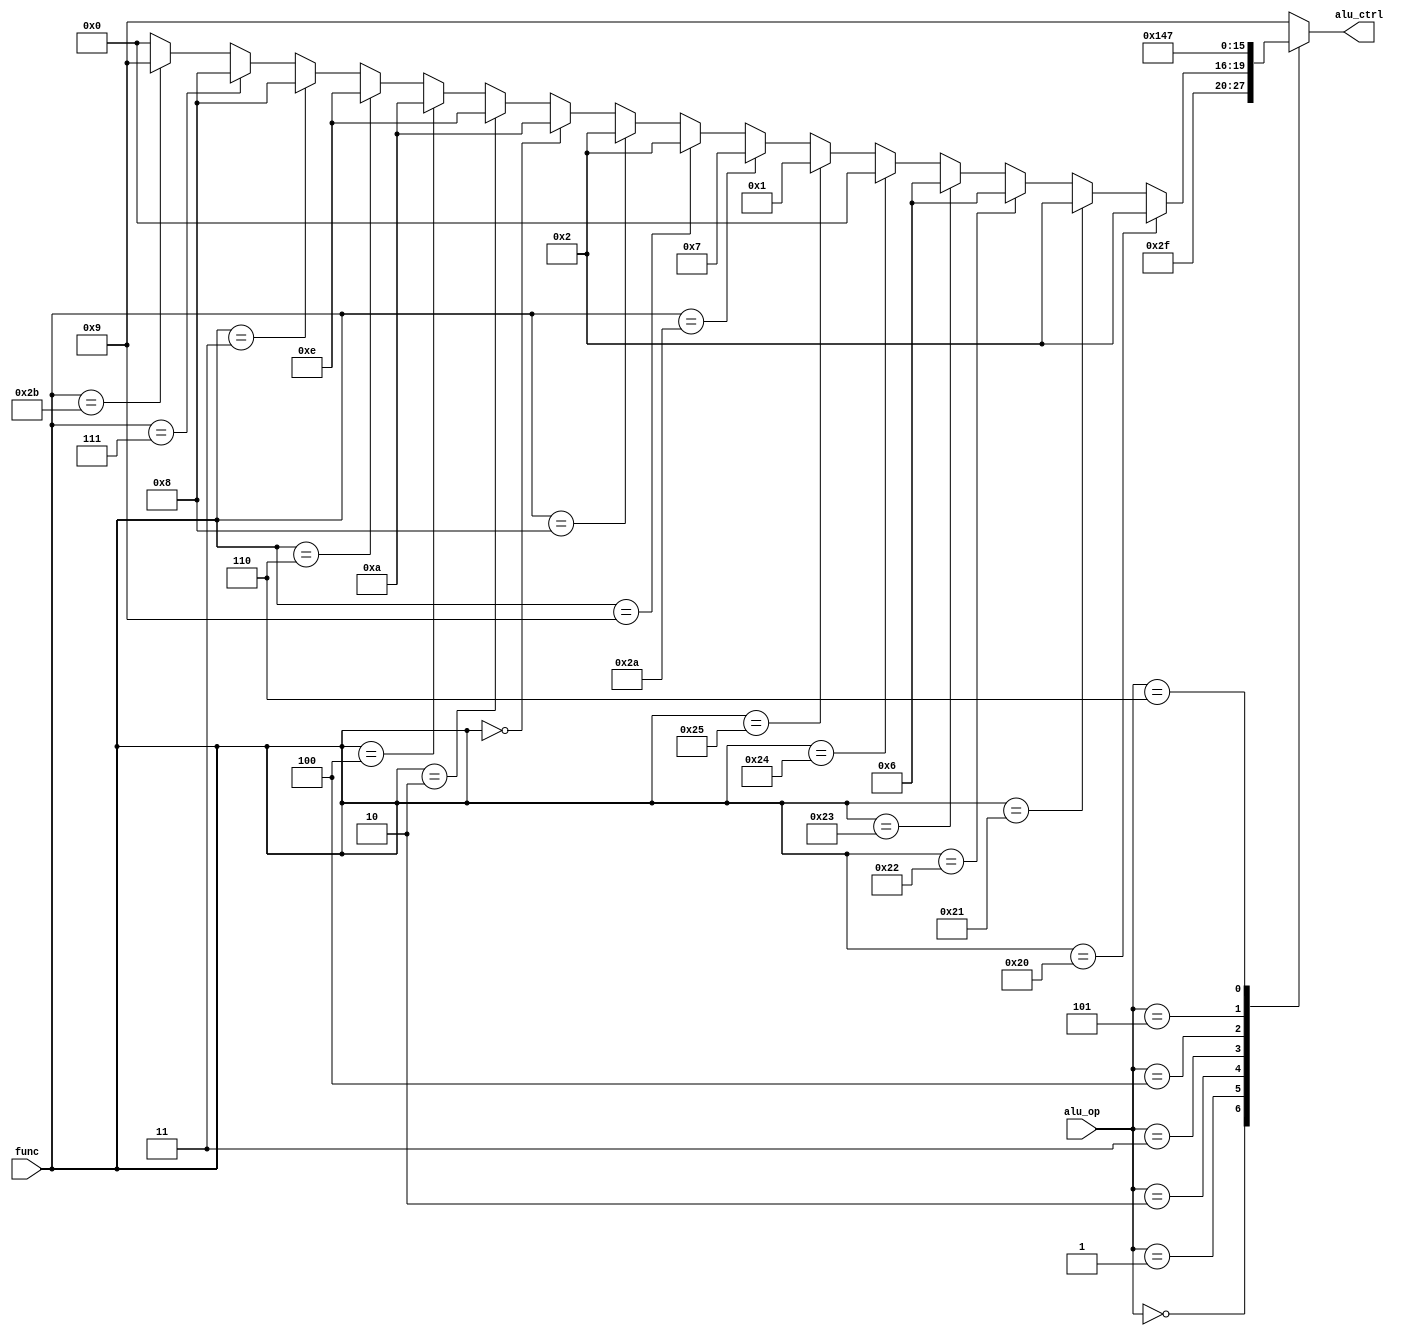
/****************/
/* alu_ctrler.v */
/****************/

//              +----+
// alu_op[2:0]->|    |
//   func[5:0]->|    |->alu_ctrl[3:0]
//              +----+

// ALU 
`define     ALU_CTRL_ADD  4'b0010
`define     ALU_CTRL_SUB  4'b0110
`define     ALU_CTRL_AND  4'b0000
`define      ALU_CTRL_OR  4'b0001
`define     ALU_CTRL_SLT  4'b0111
`define     ALU_CTRL_NOR  4'b0011
`define     ALU_CTRL_XOR  4'b0100
`define     ALU_CTRL_SLL  4'b1010
`define     ALU_CTRL_SRL  4'b1110
`define     ALU_CTRL_SRA  4'b1000
`define     ALU_CTRL_SLTU 4'b1001
`define     ALU_CTRL_LUI  4'b1111

//  9 mult, mflo  ALU  define




//           ,         ALUOp(alu_op),  (func), ALU 
//     lw(load word),           000,         xxxxxx,             0010(add)
//    sw(store word),           000,         xxxxxx,             0010(add)
////beq(branch on equal),         001,         xxxxxx,             0110(sub)
////bne(branch on not equal),     001,         xxxxxx,             0110(sub)
////       j(jump),               001,         xxxxxx,             0110(sub)
////    jal(jump and link),       001,         xxxxxx,             0110(sub)
//    addi(add immedaiate),     000,         xxxxxx,             0010(add)
//   addiu(add immedaiate),     000,         xxxxxx,             0010(add)

//  9 mult, mflo  ALU 



//        R  add,           010,          100000,             0010(add)
//        R  addu,          010,          100001,             0010(add)
//        R  sub,           010,          100010,             0110(sub)
//        R  subu,          010,          100011,             0110(sub)
//        R  and,           010,          100100,             0000(and)
//        R  or,            010,          100101,             0001(or)
//        R  slt,           010,          101010,             0111(slt)
//        R  jalr,          010,          001001,             0010(add)
//        R  jr,            010,          001000,             0010(add)
//        R  nor,           010,          100111,             0011(nor)
//        R  xor,           010,          100110,             0100(xor)
//        R  sll,           010,          000000,             1010(sll)
//        R  srl,           010,          000010,             1110(srl)
//        R  sllv,          010,          000100,             1010(sll)
//        R  srlv,          010,          000110,             1110(srl)
//        R  sra,           010,          000011,             1000(sra)
//        R  srav,          010,          000111,             1000(sra)
//        R  sltu,          010,          101011,             1001(sltu)
//   andi(and immediate),      011,           xxxxxx,             000(and)
//    ori(or immediate),       100,           xxxxxx,             001(or)
//   xori(xor immediate),      101,           xxxxxx,             100(xor)
//   slti(set on less than immediate signed),
//                             110,           xxxxxx,             0111(slt)
//   sltiu(set on less than immediate unsigned),
//                             111,           xxxxxx,             1001(sltu)
//   lui(load upper immediate),
//                             001,           xxxxxx,             1111(lui)

module alu_ctrler (alu_op, func, alu_ctrl);  // 
  input  [2:0]  alu_op;          //  3-bit      
  input  [5:0]    func;          //  6-bit      R function 

  output [3:0]  alu_ctrl;          //  4-bit      y

  reg    [3:0]       y;
   
  always @(alu_op or func) begin
    case (alu_op)
      3'b000: begin
        y = `ALU_CTRL_ADD;  // I  LW, SW 
        end
      3'b001: begin
        y = `ALU_CTRL_LUI;  // I  LUI 
      end
      3'b010: begin  // R 
        if (func == 6'b100000) begin // func=ADD
          y = `ALU_CTRL_ADD;
        end else if (func == 6'b100001) begin // func=ADDU
          y = `ALU_CTRL_ADD;
        end else if (func == 6'b100010) begin // func=SUB
          y = `ALU_CTRL_SUB;
        end else if (func == 6'b100011) begin // func=SUBU
          y = `ALU_CTRL_SUB;
        end else if (func == 6'b100100) begin // func=AND
          y = `ALU_CTRL_AND;
        end else if (func == 6'b100101) begin // func=OR
          y = `ALU_CTRL_OR;
        end else if (func == 6'b101010) begin // func=SLT
          y = `ALU_CTRL_SLT;
        end else if (func == 6'b001001) begin // func=JALR
          y = `ALU_CTRL_ADD;
        end else if (func == 6'b001000) begin // func=JR
          y = `ALU_CTRL_ADD;
        end else if (func == 6'b001000) begin // func=NOR
          y = `ALU_CTRL_NOR;
        end else if (func == 6'b001000) begin // func=XOR
          y = `ALU_CTRL_XOR;
        end else if (func == 6'b000000) begin // func=SLL
          y = `ALU_CTRL_SLL;
        end else if (func == 6'b000010) begin // func=SRL
          y = `ALU_CTRL_SRL;
        end else if (func == 6'b000100) begin // func=SLLV
          y = `ALU_CTRL_SLL;
        end else if (func == 6'b000110) begin // func=SRLV
          y = `ALU_CTRL_SRL;
        end else if (func == 6'b000011) begin // func=SRA
          y = `ALU_CTRL_SRA;
        end else if (func == 6'b000111) begin // func=SRAV
          y = `ALU_CTRL_SRA;
        end else if (func == 6'b101011) begin // func=SLTU
          y = `ALU_CTRL_SLTU;

//  9  mult, mflo mult, mflo  ALU 




        end else begin
          y = 3'b000;
        end
      end
      3'b011: begin
        y = `ALU_CTRL_AND;   // I  ANDI 
      end
      3'b100: begin
        y = `ALU_CTRL_OR;    // I  ORI 
      end
      3'b101: begin
        y = `ALU_CTRL_XOR;   // I  XORI 
      end
      3'b110: begin
        y = `ALU_CTRL_SLT;   // I  SLTI 
      end
      default: begin  //  3'b111: begin
        y = `ALU_CTRL_SLTU;  // I  SLTIU 
      end
    endcase
  end

  assign alu_ctrl = y;
endmodule